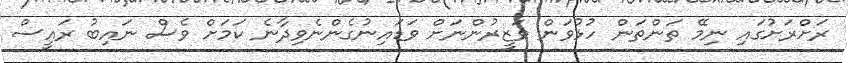
ރަށްރަށުގައި ނިމޭ ތަންތަން ހުޅުވަން ވަޒީރުންނަށް ވަޑައިނުގެންނެވިދާނެ ކަމަށް ވެސް ނައިބު ރައީސް